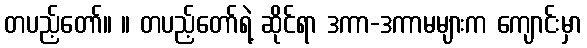
တပည့်တော်။ ။ တပည့်တော်ရဲ့ ဆိုင်ရာ ဒကာ-ဒကာမများက ကျောင်းမှာ